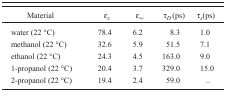
<table><thead><tr><td><b>Material</b></td><td><b>ε<i><sub>s</sub></i></b></td><td><b>ε<sub>∞</sub></b></td><td><b>τ<i><sub>D</sub></i> (ps)</b></td><td><b>τ<i><sub>s</sub></i>(ps)</b></td></tr></thead><tbody><tr><td>water (22 °C)</td><td>78.4</td><td>6.2</td><td>8.3</td><td>1.0</td></tr><tr><td>methanol (22 °C)</td><td>32.6</td><td>5.9</td><td>51.5</td><td>7.1</td></tr><tr><td>ethanol (22 °C)</td><td>24.3</td><td>4.5</td><td>163.0</td><td>9.0</td></tr><tr><td>1-propanol (22 °C)</td><td>20.4</td><td>3.7</td><td>329.0</td><td>15.0</td></tr><tr><td>2-propanol (22 °C)</td><td>19.4</td><td>2.4</td><td>59.0</td><td>..</td></tr></tbody></table>